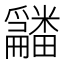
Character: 𤳿